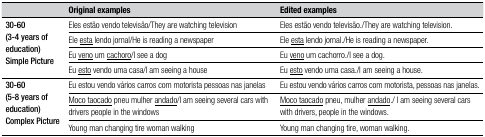
|  | Original examples | Edited examples |
 | --- | --- | --- |
 | <ROWSPAN=4> 30-60 (3-4 years of education) Simple Picture | Eles estão vendo televisão/They arewatching television | Eles estão vendo televisão./They arewatching television. |
 | Ele <underline>esta</underline> lendo jornal/He is reading anewspaper | Ele <underline>esta</underline> lendo jornal./He is reading anewspaper. |
 | Eu <underline>veno</underline> um <underline>cachoro</underline>/Isee a dog | Eu <underline>veno</underline> um cachorro./I see a dog. |
 | Eu <underline>esto</underline> vendo uma casa/I am seeing ahouse | Eu <underline>esto</underline> vendo uma casa./I am seeing ahouse. |
 | <ROWSPAN=3> 30-60(5-8 years of education) Complex Picture | Eu estou vendo vários carros com motoristapessoas nas janelas | Eu estou vendo vários carros com motorista,pessoas nas janelas. |
 | <underline>Moco taocado</underline> pneu mulher<underline>andado</underline>/I am seeing several cars withdrivers people in the windows | <underline>Moco taocado</underline> pneu, mulher<underline>andado</underline>./ I am seeing several cars withdrivers, people in the windows. |
 | Young man changing tire woman walking | Young man changing tire, woman walking. |